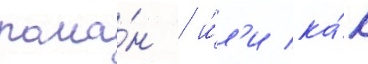
рома́н / и́л'и ка́к